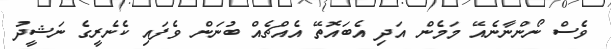
ވެސް ނޯންނާނެއޭ މަމެން އަދި އެބައޮތޭ އެއްޗެއް ބުނަން ވެފައި ކެނެރީގެ ނަޝީދު